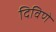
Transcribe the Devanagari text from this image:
दिविणे